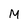
Character: M